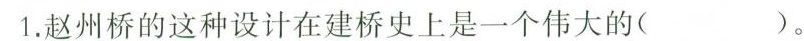
1.赵州桥的这种设计在建桥史上是一个伟大的( )。